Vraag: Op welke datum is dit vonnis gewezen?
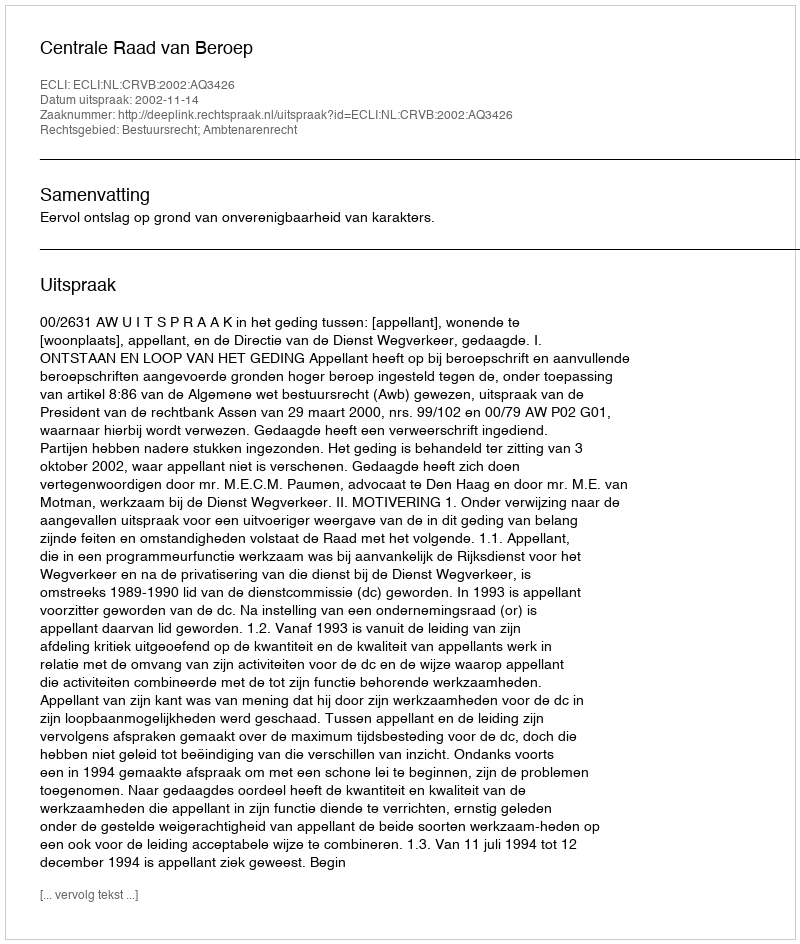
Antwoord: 2002-11-14